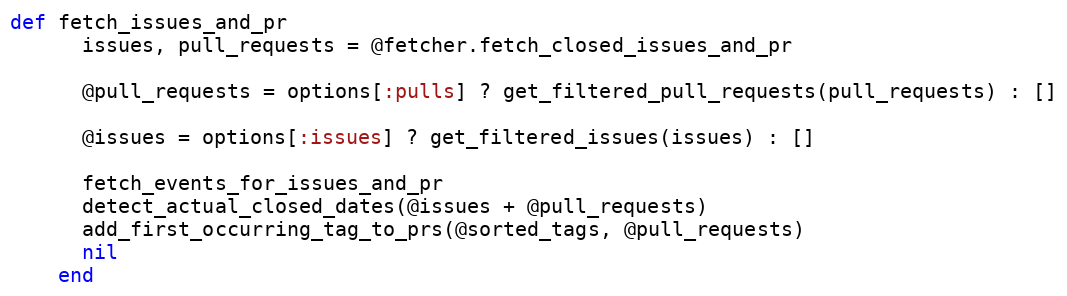
Language: Ruby
def fetch_issues_and_pr
      issues, pull_requests = @fetcher.fetch_closed_issues_and_pr

      @pull_requests = options[:pulls] ? get_filtered_pull_requests(pull_requests) : []

      @issues = options[:issues] ? get_filtered_issues(issues) : []

      fetch_events_for_issues_and_pr
      detect_actual_closed_dates(@issues + @pull_requests)
      add_first_occurring_tag_to_prs(@sorted_tags, @pull_requests)
      nil
    end